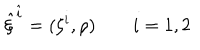
LaTeX: { \hat { \xi } } ^ { \hat { i } } = ( \xi ^ { i } , \rho ) \qquad i = 1 , 2